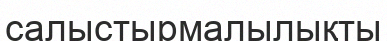
салыстырмалылықты